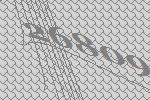
26809